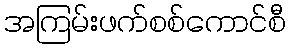
အကြမ်းဖက်စစ်ကောင်စီ